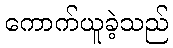
ကောက်ယူခဲ့သည်